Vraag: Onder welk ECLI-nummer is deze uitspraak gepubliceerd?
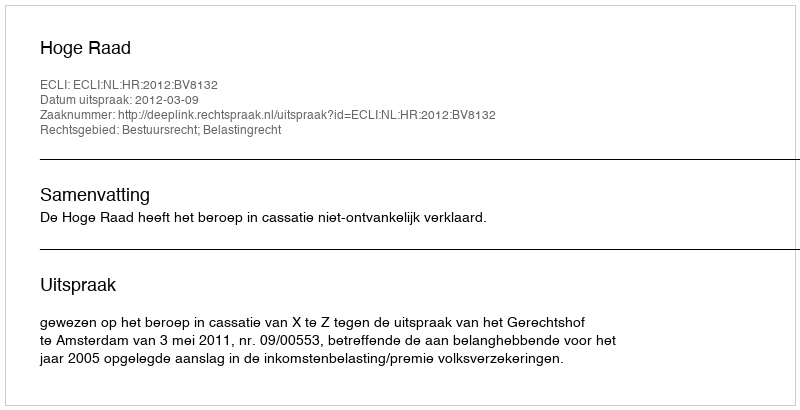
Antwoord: ECLI:NL:HR:2012:BV8132